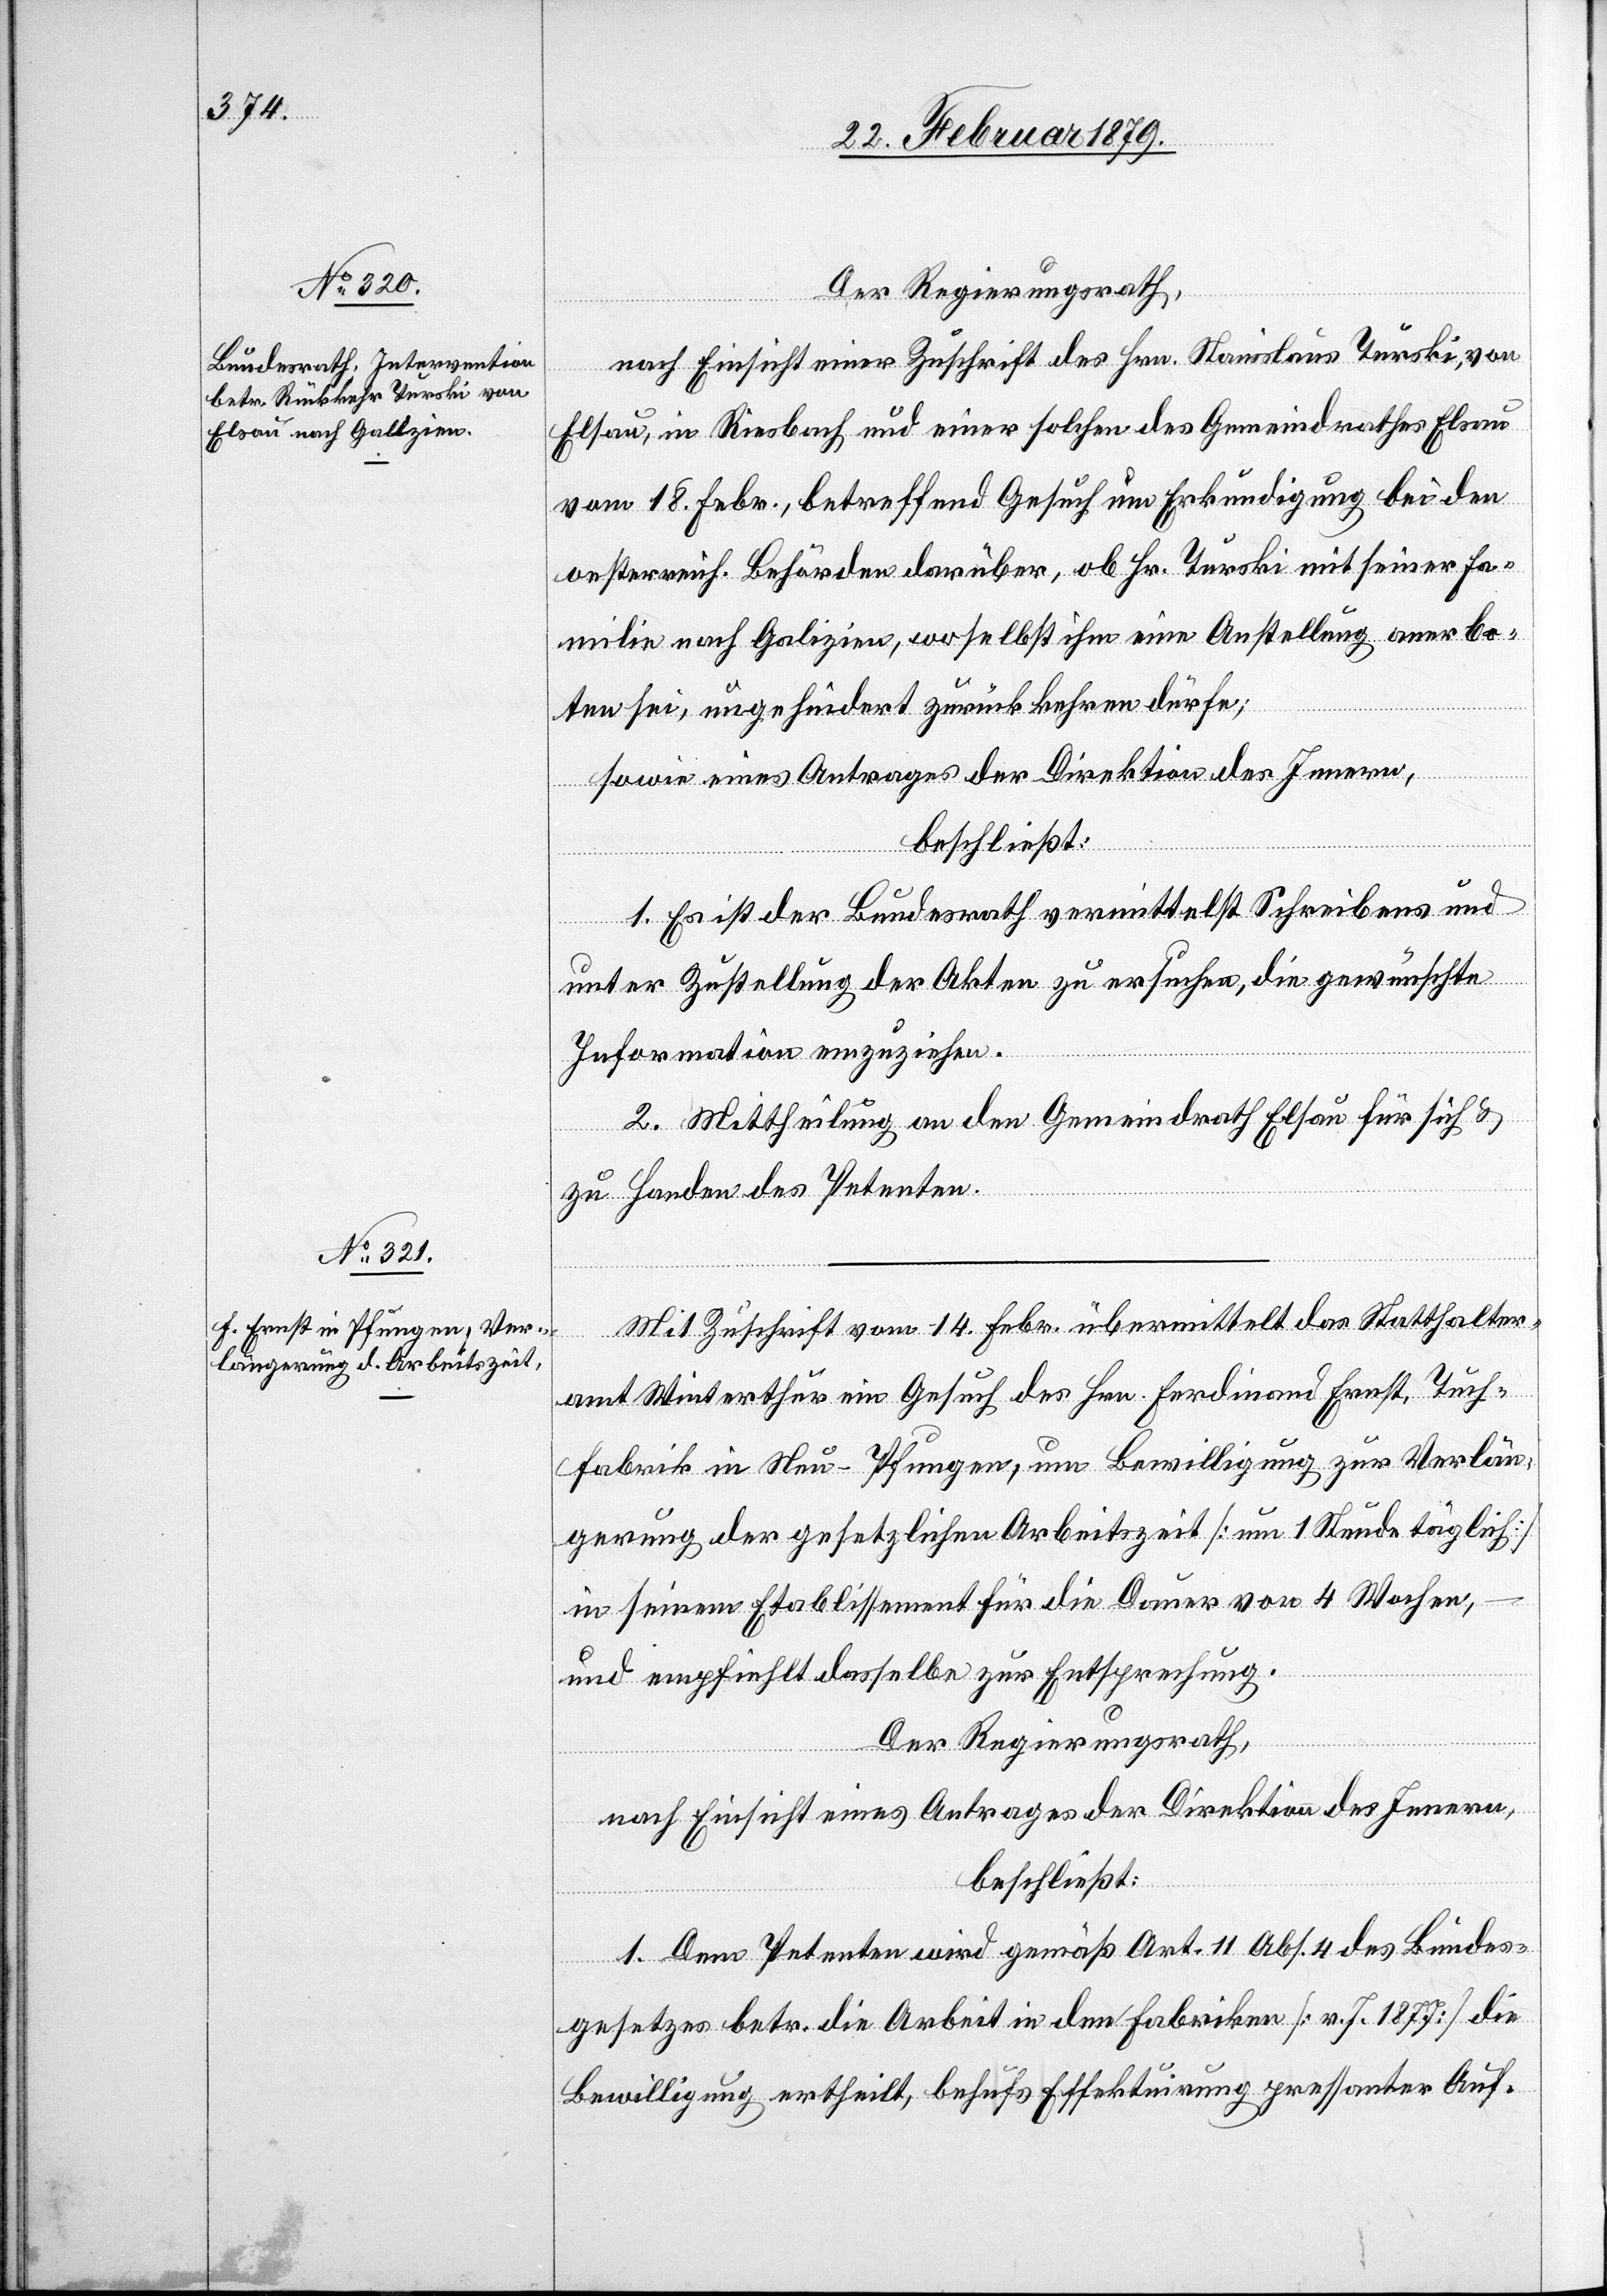
Der Regierungsrath,
nach Einsicht einer Zuschrift des Hrn. Stanislaus Turski, von
Elsau, in Riesbach und einer solchen des Gemeindrathes Elsau
vom 18. Febr., betreffend Gesuch um Erkundigung bei den
oesterreich. Behörden darüber, ob Hr. Turski mit seiner Fa¬
milie nach Galizien, woselbst ihm eine Anstellung anerbo¬
ten sei, ungehindert zurückkehren dürfe;
sowie eines Antrages der Direktion des Innern,
beschließt:
1. Es ist der Bundesrath vermittelst Schreibens und
unter Zustellung der Akten zu ersuchen, die gewünschte
Information einzuziehen.
2. Mittheilung an den Gemeindrath Elsau für sich &
zu Handen des Petenten.